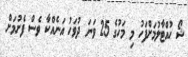
ޝޯ ހުއްޓާލުމަށްފަހު މި މަހުގެ 25 ވަނަ ދުވަހު އަނެއްކާ ވެސް ފެށުމަށް